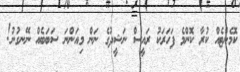
ކޮމެންޓެއް ކުރާ ކޮންމެ ފަހަރަކު ރައީސް ނަޝީދުގެ ނަން މިއަންނަ ސަބަބެއް ނޭނގުނު!